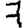
Digit: 7